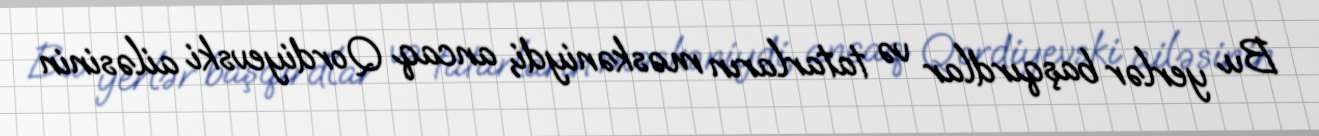
Bu yerlər başqırdlar və tatarların məskəniydi, ancaq Qordiyevski ailəsinin